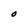
Character: O